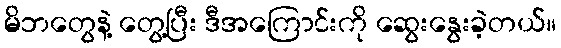
မိဘတွေနဲ့ တွေ့ပြီး ဒီအကြောင်းကို ဆွေးနွေးခဲ့တယ်။